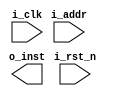
module inst #(
    parameter ADDR_W   = 64,
    parameter INST_W   = 32,
    parameter MAX_INST = 256
)(
    input               i_clk,
    input               i_rst_n,

    input  [ADDR_W-1:0] i_addr,

    output [INST_W-1:0] o_inst
);
 
    reg [INST_W-1:0] mem [0:MAX_INST-1];
    
 
    
    reg [INST_W-1:0] temp1_r, temp1_w;
    reg [INST_W-1:0] temp2_r, temp2_w;

    // cycle 1
    always @(*) begin
       
        temp1_w       =  mem[i_addr/4] ;
    end

    // cycle 2
    always @(*) begin
      
        temp2_w       = temp1_r;
    end

    // cycle 3
    always @(*) begin
      
        o_inst_w      = temp2_r;
    end

    always @(posedge i_clk or negedge i_rst_n) begin
        if (~i_rst_n) begin
       
            o_inst_r      <= 0;
            temp1_r       <= 0;
            temp2_r       <= 0;
          
        end else begin
          
            o_inst_r      <= o_inst_w;
            temp1_r       <= temp1_w;
            temp2_r       <= temp2_w;
          
        end
    end

endmodule